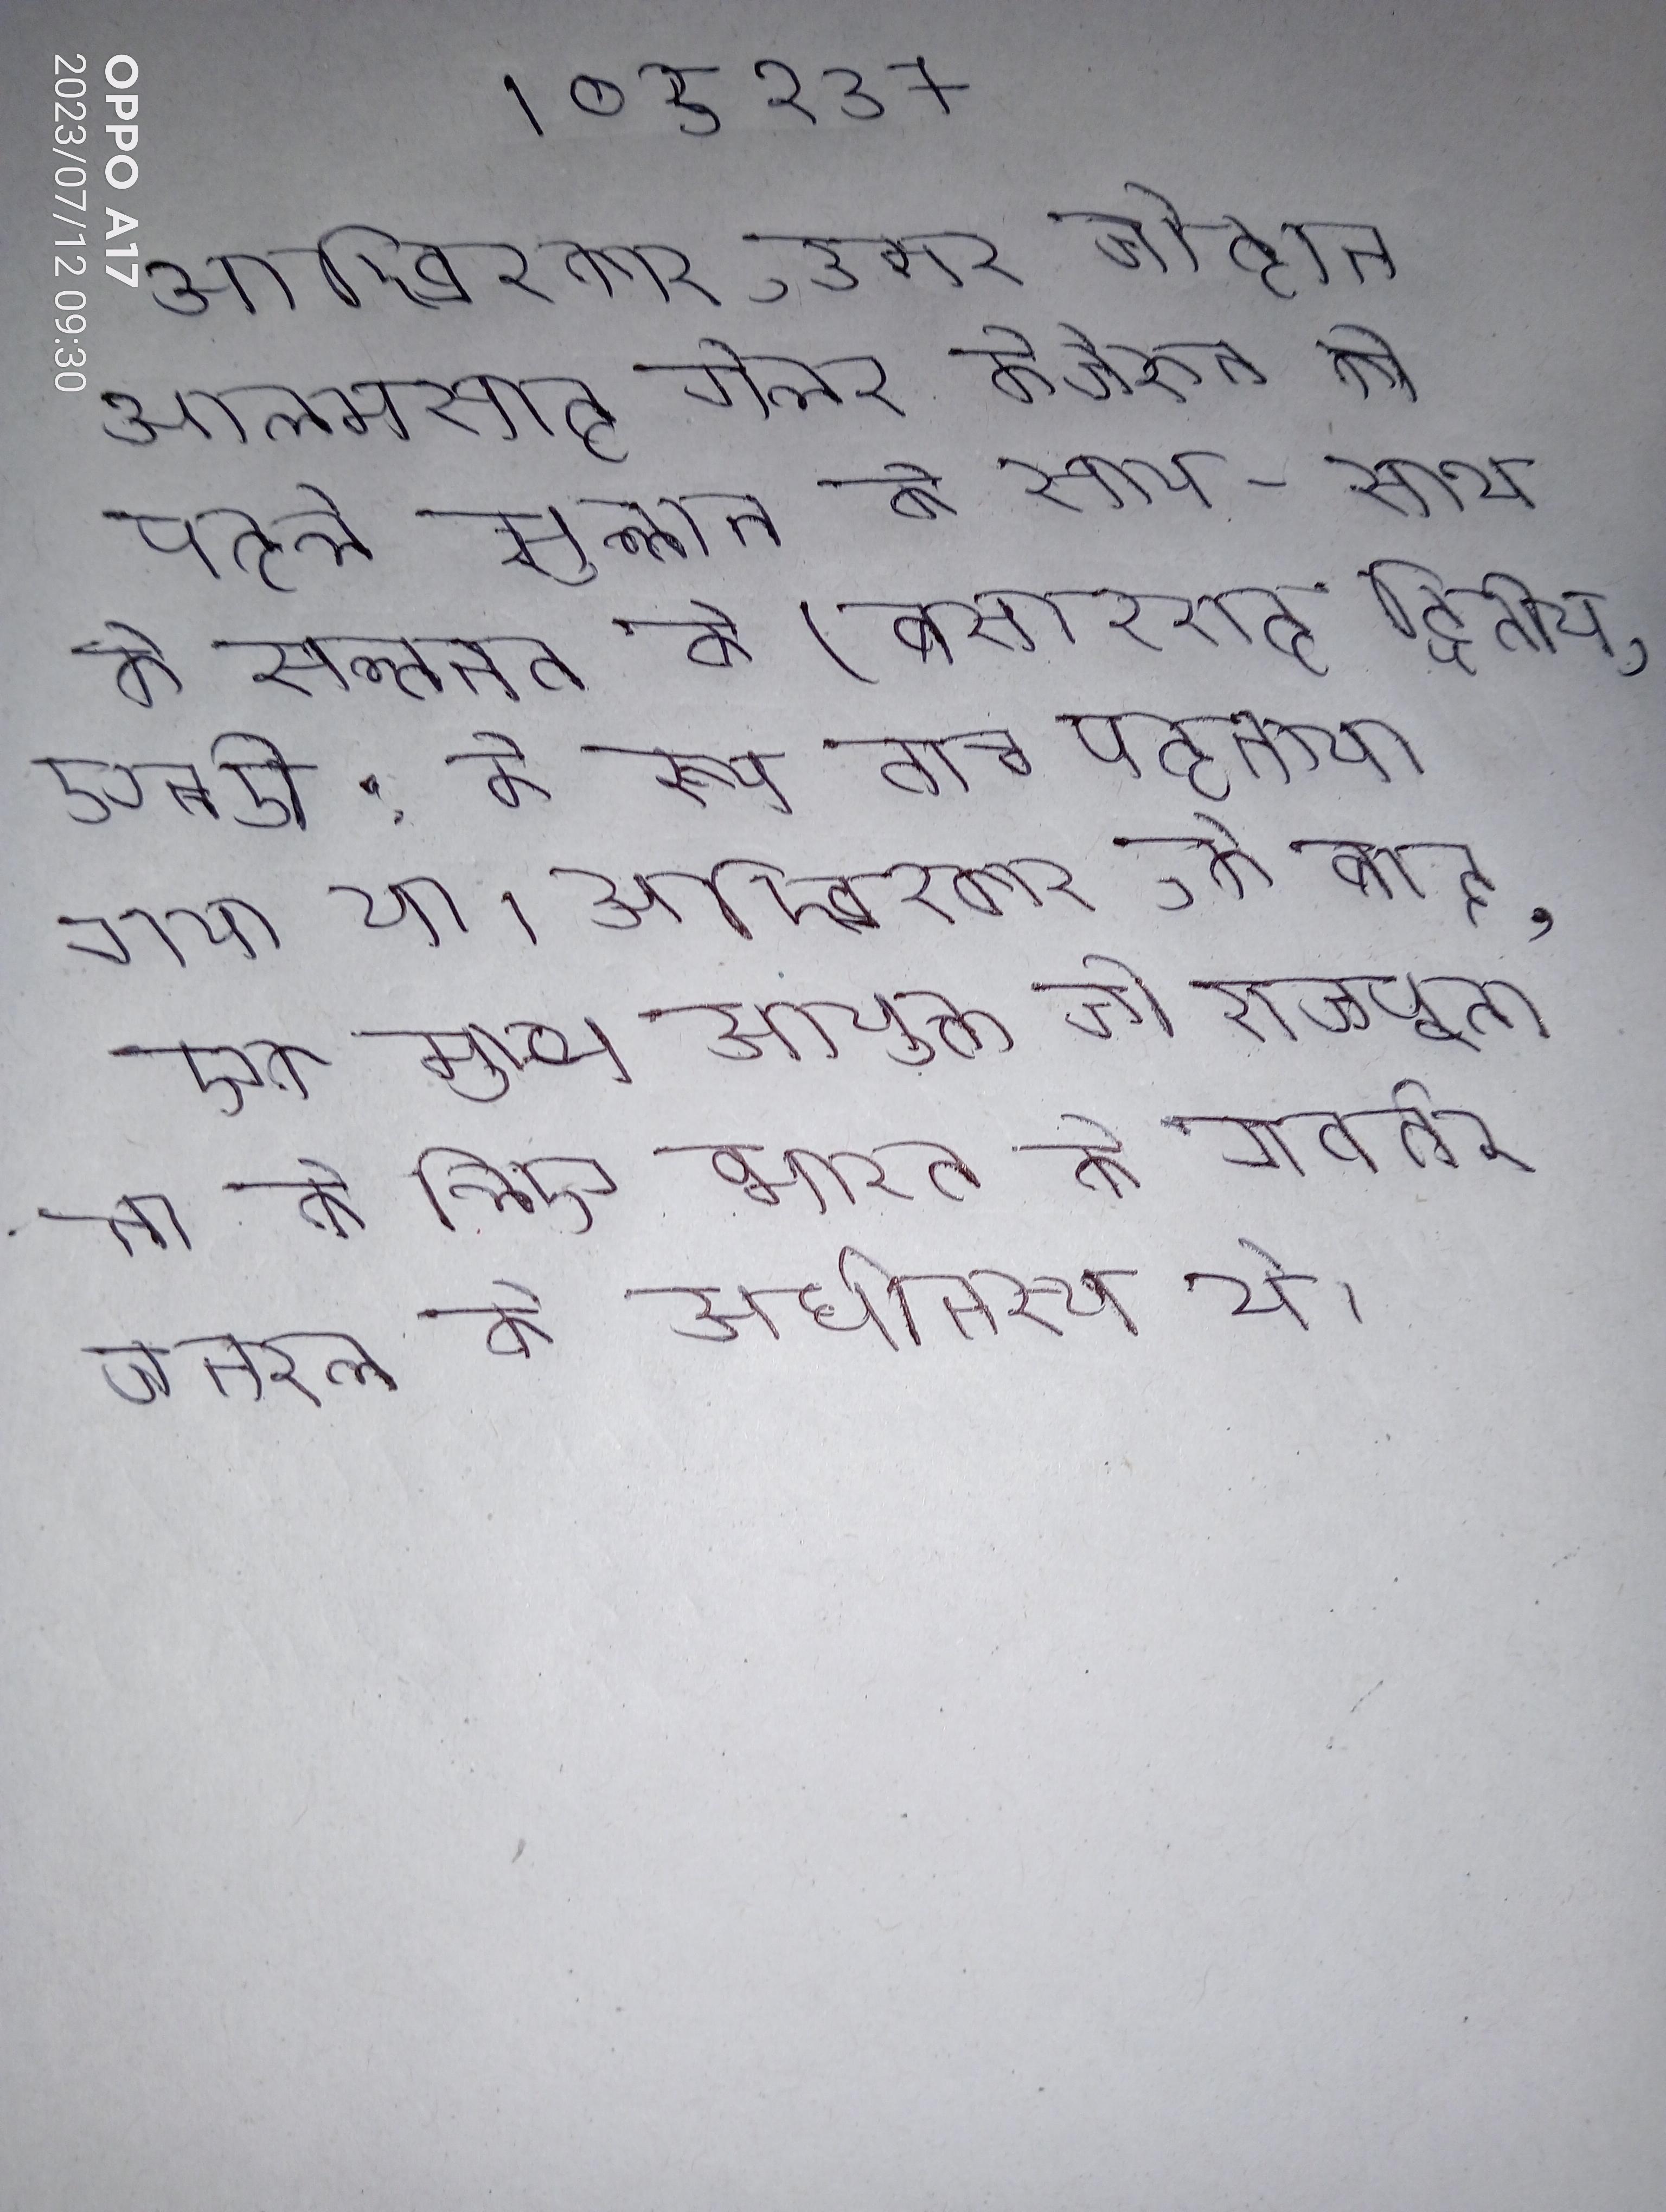
आखिरकार, उमर जोहान आलमसाह गेलर केजेरुन को पहले सुल्तान के साथ-साथ के सल्तनत के (बसारशाह द्वितीय, एनडी: के रूप ताज पहनाया गया था । आखिरकार, के बाद, एक मुख्य आयुक्त जो राजपूताना के लिए भारत के गवर्नर जनरल के अधीनस्थ थे ।